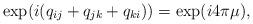
LaTeX: \begin{align*}\exp(i(q_{ij}+q_{jk}+q_{ki})) =\exp(i4\pi\mu),\end{align*}